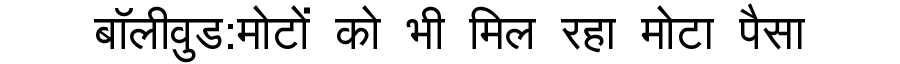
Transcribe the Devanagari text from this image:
बॉलीवुड:मोटों को भी मिल रहा मोटा पैसा